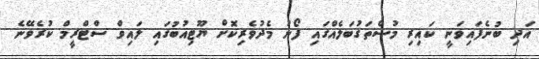
އަދި ބުނެފައިވަނީ ކައިރި މުސްތަގުބަލެއްގައި ފޯނު މެދުވެރިކޮށް ޔޫޓިއުބުގައި ލައިވް ސްޓްރީމް ކުރެވޭނެ